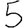
Digit: 5